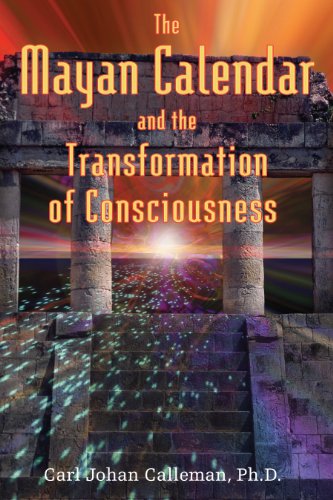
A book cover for The Mayan Calendar and the Transformation of Consciousness; Carl Johan Calleman; Science & Math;